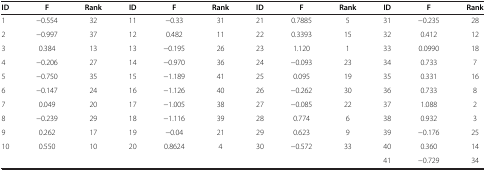
| ID | F | Rank | ID | F | Rank | ID | F | Rank | ID | F | Rank |
 | --- | --- | --- | --- | --- | --- | --- | --- | --- | --- | --- | --- |
 | 1 | −0.554 | 32 | 11 | −0.33 | 31 | 21 | 0.7885 | 5 | 31 | −0.235 | 28 |
 | 2 | −0.997 | 37 | 12 | 0.482 | 11 | 22 | 0.3393 | 15 | 32 | 0.412 | 12 |
 | 3 | 0.384 | 13 | 13 | −0.195 | 26 | 23 | 1.120 | 1 | 33 | 0.0990 | 18 |
 | 4 | −0.206 | 27 | 14 | −0.970 | 36 | 24 | −0.093 | 23 | 34 | 0.733 | 7 |
 | 5 | −0.750 | 35 | 15 | −1.189 | 41 | 25 | 0.095 | 19 | 35 | 0.331 | 16 |
 | 6 | −0.147 | 24 | 16 | −1.126 | 40 | 26 | −0.262 | 30 | 36 | 0.733 | 8 |
 | 7 | 0.049 | 20 | 17 | −1.005 | 38 | 27 | −0.085 | 22 | 37 | 1.088 | 2 |
 | 8 | −0.239 | 29 | 18 | −1.116 | 39 | 28 | 0.774 | 6 | 38 | 0.932 | 3 |
 | 9 | 0.262 | 17 | 19 | −0.04 | 21 | 29 | 0.623 | 9 | 39 | −0.176 | 25 |
 | 10 | 0.550 | 10 | 20 | 0.8624 | 4 | 30 | −0.572 | 33 | 40 | 0.360 | 14 |
 |  |  |  |  |  |  |  |  |  | 41 | −0.729 | 34 |